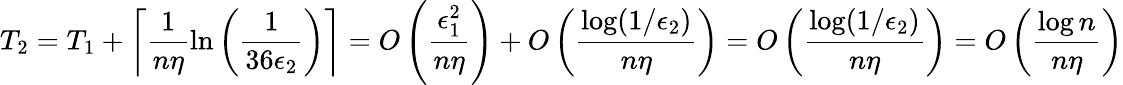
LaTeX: T_{2}=T_{1}+\left\lceil\frac{1}{n\eta}\ln\left(\frac{1}{36\epsilon_{2}}\right)\right\rceil=O\left(\frac{\epsilon_{1}^{2}}{n\eta}\right)+O\left(\frac{\log(1/\epsilon_{2})}{n\eta}\right)=O\left(\frac{\log(1/\epsilon_{2})}{n\eta}\right)=O\left(\frac{\log n}{n\eta}\right)